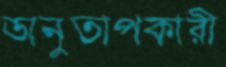
অনুতাপকারী